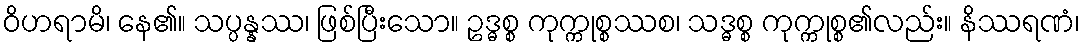
ဝိဟရာမိ၊ နေ၏။ သပ္ပန္နဿ၊ ဖြစ်ပြီးသော။ ဥဒ္ဓစ္စ ကုက္ကုစ္စဿစ၊ သဒ္ဓစ္စ ကုက္ကုစ္စ၏လည်း။ နိဿရဏံ၊